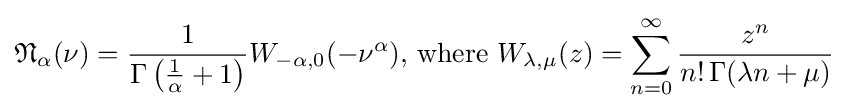
{\mathfrak {N}}_{\alpha }(\nu )={\frac {1}{\Gamma \left({\frac {1}{\alpha }}+1\right)}}W_{-\alpha ,0}(-\nu ^{\alpha }),\,{\text{where}}\,\,W_{\lambda ,\mu }(z)=\sum _{n=0}^{\infty }{\frac {z^{n}}{n!\,\Gamma (\lambda n+\mu )}}